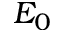
E _ { 0 }